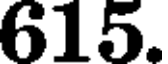
615.